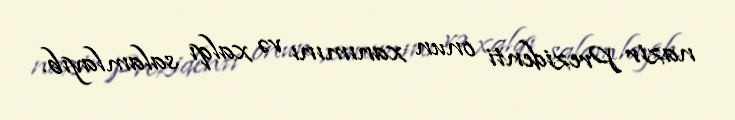
nazir Prezidenti onun xanımını və xalqı salamlayıb.